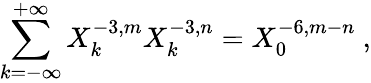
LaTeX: \sum_{k=-\infty}^{+\infty}X_{k}^{-3,m}X_{k}^{-3,n}=X_{0}^{-6,m-n}\ ,